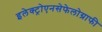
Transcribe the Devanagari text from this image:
इलेक्ट्रोएनसेफेलोग्राफी